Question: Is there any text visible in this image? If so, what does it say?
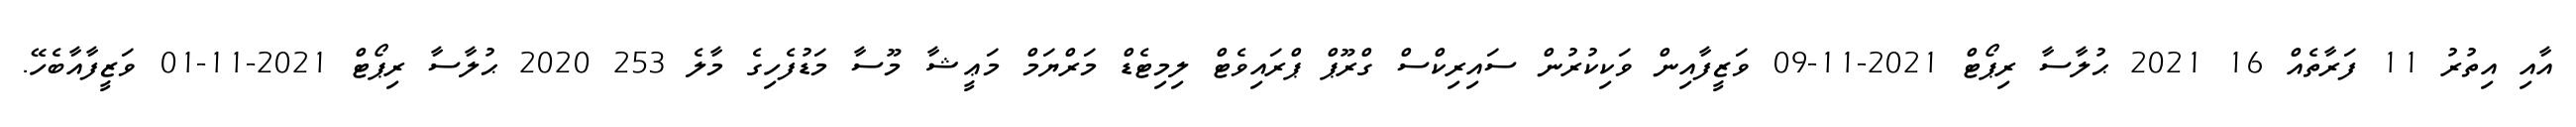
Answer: އާއި އިތުރު 11 ފަރާތެއް 16 2021 ޙުލާސާ ރިޕޯޓް 2021-11-09 ވަޒީފާއިން ވަކިކުރުން ސައިރިކްސް ގްރޫޕް ޕްރައިވެޓް ލިމިޓެޑް މަރްޔަމް މަޢީޝާ މޫސާ މަޑުފެހިގެ މާލެ 253 2020 ޙުލާސާ ރިޕޯޓް 2021-11-01 ވަޒީފާއާބެހޭ.